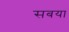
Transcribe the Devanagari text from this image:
सबया